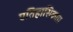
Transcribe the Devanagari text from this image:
एतिहासिकता